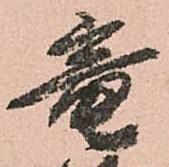
竜